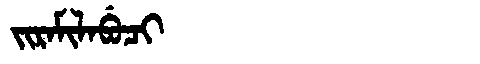
Manchu: ᠵᡳᡵᠠᠮᡳᠯᠠᠪᡠᠴᡳ
Romanization: JIRAMILABUCI